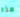
هذه